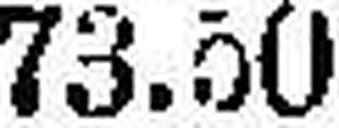
73.50